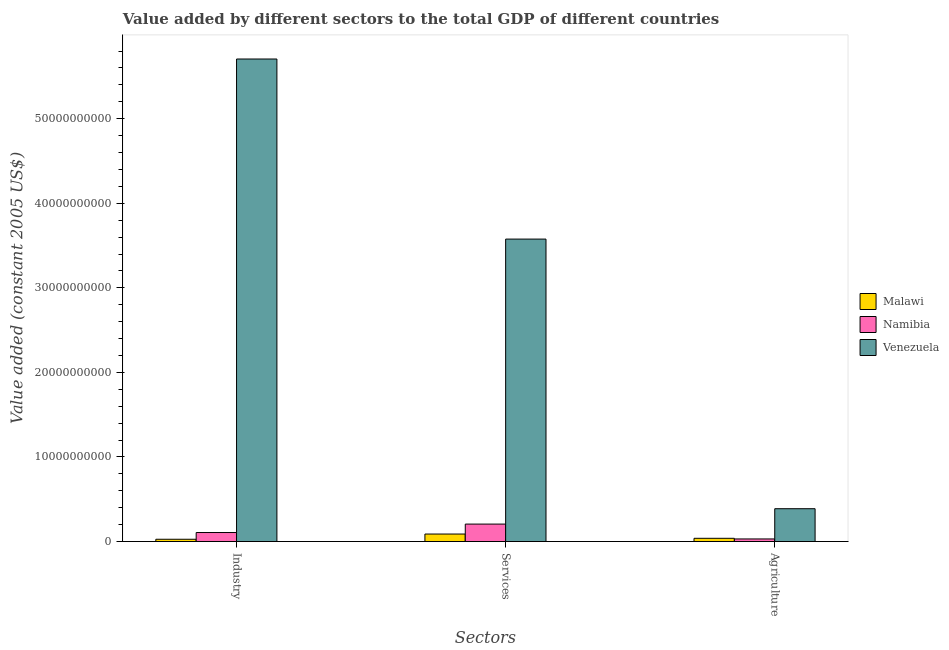
| Sectors | Malawi | Namibia | Venezuela |
 | --- | --- | --- | --- |
 | Industry | 2.72e+08 | 1.07e+09 | 5.71e+10 |
 | Services | 8.89e+08 | 2.07e+09 | 3.58e+10 |
 | Agriculture | 3.84e+08 | 3.09e+08 | 3.88e+09 |